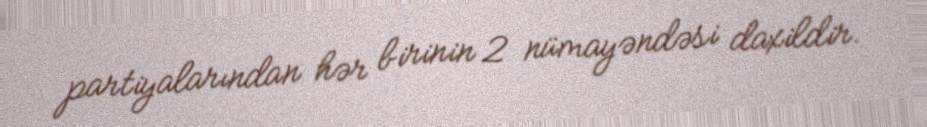
partiyalarından hər birinin 2 nümayəndəsi daxildir.